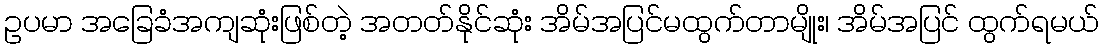
ဥပမာ အခြေခံအကျဆုံးဖြစ်တဲ့ အတတ်နိုင်ဆုံး အိမ်အပြင်မထွက်တာမျိုး၊ အိမ်အပြင် ထွက်ရမယ်